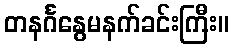
တနင်္ဂနွေမနက်ခင်းကြီး။